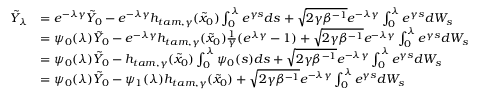
\begin{array} { r l } { \Tilde { Y } _ { \lambda } } & { = e ^ { - \lambda \gamma } \Tilde { Y } _ { 0 } - e ^ { - \lambda \gamma } h _ { t a m , \gamma } ( \Tilde { x } _ { 0 } ) \int _ { 0 } ^ { \lambda } e ^ { \gamma s } d s + \sqrt { 2 \gamma \beta ^ { - 1 } } e ^ { - \lambda \gamma } \int _ { 0 } ^ { \lambda } e ^ { \gamma s } d W _ { s } } \\ & { = \psi _ { 0 } ( \lambda ) \Tilde { Y } _ { 0 } - e ^ { - \lambda \gamma } h _ { t a m , \gamma } ( \Tilde { x } _ { 0 } ) \frac { 1 } { \gamma } ( e ^ { \lambda \gamma } - 1 ) + \sqrt { 2 \gamma \beta ^ { - 1 } } e ^ { - \lambda \gamma } \int _ { 0 } ^ { \lambda } e ^ { \gamma s } d W _ { s } } \\ & { = \psi _ { 0 } ( \lambda ) \Tilde { Y } _ { 0 } - h _ { t a m , \gamma } ( \Tilde { x } _ { 0 } ) \int _ { 0 } ^ { \lambda } \psi _ { 0 } ( s ) d s + \sqrt { 2 \gamma \beta ^ { - 1 } } e ^ { - \lambda \gamma } \int _ { 0 } ^ { \lambda } e ^ { \gamma s } d W _ { s } } \\ & { = \psi _ { 0 } ( \lambda ) \Tilde { Y } _ { 0 } - \psi _ { 1 } ( \lambda ) h _ { t a m , \gamma } ( \Tilde { x } _ { 0 } ) + \sqrt { 2 \gamma \beta ^ { - 1 } } e ^ { - \lambda \gamma } \int _ { 0 } ^ { \lambda } e ^ { \gamma s } d W _ { s } } \end{array}